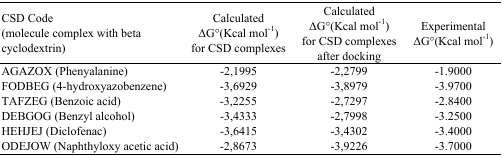
<table><thead><tr><td><b>CSD Code (molecule complex with beta cyclodextrin)</b></td><td><b>Calculated ΔG°(Kcal mol<sup>−1</sup>) for CSD complexes</b></td><td><b>Calculated ΔG°(Kcal mol<sup>−1</sup>) for CSD complexes after docking</b></td><td><b>Experimental ΔG°(Kcal mol<sup>−1</sup>)</b></td></tr></thead><tbody><tr><td>AGAZOX (Phenyalanine)</td><td>−2,1995</td><td>−2,2799</td><td>−1.9000</td></tr><tr><td>FODBEG (4-hydroxyazobenzene)</td><td>−3,6929</td><td>−3,8979</td><td>−3.9700</td></tr><tr><td>TAFZEG (Benzoic acid)</td><td>−3,2255</td><td>−2,7297</td><td>−2.8400</td></tr><tr><td>DEBGOG (Benzyl alcohol)</td><td>−3,4333</td><td>−2,7998</td><td>−3.2500</td></tr><tr><td>HEHJEJ (Diclofenac)</td><td>−3,6415</td><td>−3,4302</td><td>−3.4000</td></tr><tr><td>ODEJOW (Naphthyloxy acetic acid)</td><td>−2,8673</td><td>−3,9226</td><td>−3.7000</td></tr></tbody></table>